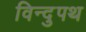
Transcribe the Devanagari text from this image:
विन्दुपथ